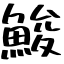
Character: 鮻